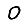
Digit: 0